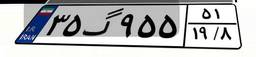
۳۵گ۹۵۵۵۱